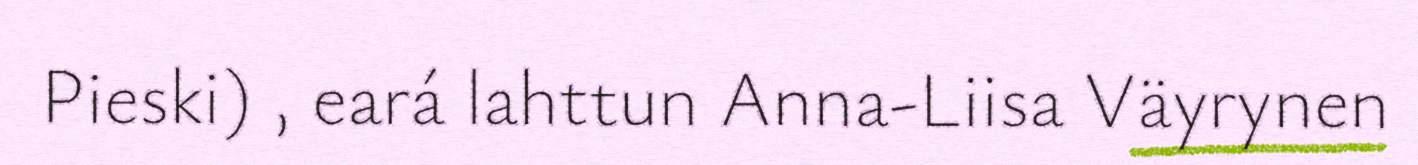
Pieski) , eará lahttun Anna-Liisa Väyrynen